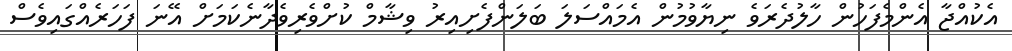
އެކުއްޖާ އެންމެފަހުން ހާލުދެރަވެ ނިޔާވުމުން އެމައްސަލަ ބަލަންފެށިއިރު ވިޝާމް ކުށްވެރިވެދާނެކަމަށް އޭނަ ފަހަރެއްގައިވެސް